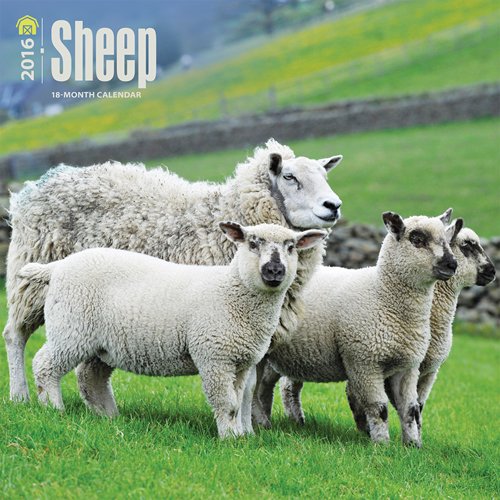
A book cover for Sheep 2016 Square 12x12 (Multilingual Edition); Browntrout Publishers; Calendars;